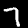
Label: 7